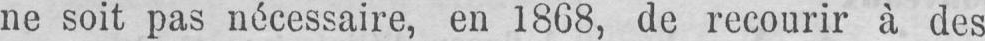
ne soit pas nécessaire, en 1868, de recourir à des